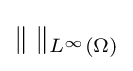
\Vert \;\Vert _{L^{\infty }(\Omega )}